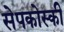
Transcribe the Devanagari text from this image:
सेपकोस्की